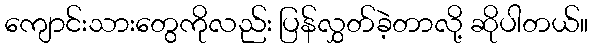
ကျောင်းသားတွေကိုလည်း ပြန်လွှတ်ခဲ့တာလို့ ဆိုပါတယ်။